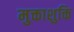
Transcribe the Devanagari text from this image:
मुक्ताशुक्ति